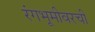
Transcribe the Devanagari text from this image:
रंगभूमीवरची